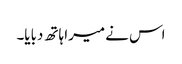
اس نے میرا ہاتھ دبایا۔